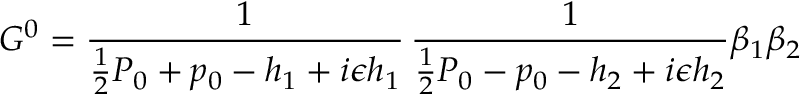
G ^ { 0 } = { \frac { 1 } { { \frac { 1 } { 2 } } P _ { 0 } + p _ { 0 } - h _ { 1 } + i \epsilon h _ { 1 } } } \, { \frac { 1 } { { \frac { 1 } { 2 } } P _ { 0 } - p _ { 0 } - h _ { 2 } + i \epsilon h _ { 2 } } } \beta _ { 1 } \beta _ { 2 }